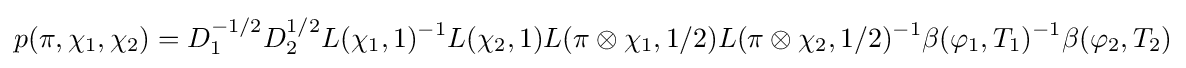
p(\pi ,\chi _{1},\chi _{2})=D_{1}^{-1/2}D_{2}^{1/2}L(\chi _{1},1)^{-1}L(\chi _{2},1)L(\pi \otimes \chi _{1},1/2)L(\pi \otimes \chi _{2},1/2)^{-1}\beta (\varphi _{1},T_{1})^{-1}\beta (\varphi _{2},T_{2})